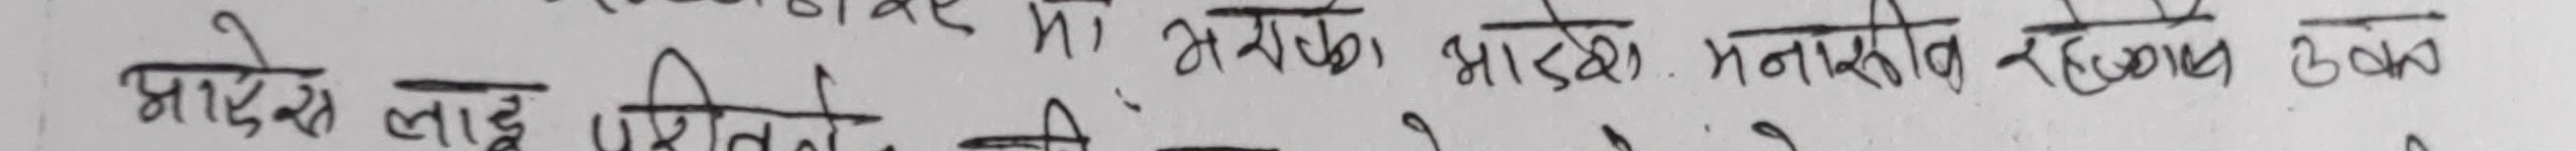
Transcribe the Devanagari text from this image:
आज देउ मा झमझम भान्जा मनमालीक रहको उख
आदेश लाई पिरितले ने